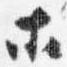
等